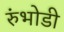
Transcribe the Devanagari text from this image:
रुंभोडी